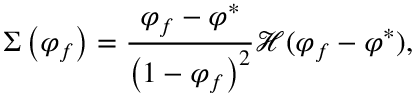
\Sigma \left( \varphi _ { f } \right) = \frac { \varphi _ { f } - \varphi ^ { * } } { \left( 1 - \varphi _ { f } \right) ^ { 2 } } \mathcal { H } ( \varphi _ { f } - \varphi ^ { * } ) ,